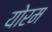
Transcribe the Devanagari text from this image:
योरम